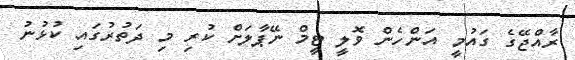
ރާއްޖޭގެ ގައުމީ އަންހެން ވޮލީ ޓީމް ނޭޕާލަށް ކުރި މި ދަތުރުގައި ކުޅުނު